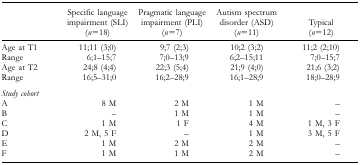
<table><thead><tr><td></td><td><b>Specific language impairment (SLI) (<i>n</i> = 18)</b></td><td><b>Pragmatic language impairment (PLI) (<i>n</i> = 7)</b></td><td><b>Autism spectrum disorder (ASD) (<i>n</i> = 11)</b></td><td><b>Typical (<i>n</i> = 12)</b></td></tr></thead><tbody><tr><td>Age at T1</td><td>11;11 (3;0)</td><td>9;7 (2;3)</td><td>10;2 (3;2)</td><td>11;2 (2;10)</td></tr><tr><td>Range</td><td>6;1–15;7</td><td>7;0–13;9</td><td>6;2–15;11</td><td>7;0–15;7</td></tr><tr><td>Age at T2</td><td>24;8 (4;4)</td><td>22;3 (5;4)</td><td>21;9 (4;0)</td><td>21;6 (3;2)</td></tr><tr><td>Range</td><td>16;5–31;0</td><td>16;2–28;9</td><td>16;1–28;9</td><td>18;0–28;9</td></tr><tr><td><i>Study cohort</i></td><td></td><td></td><td></td><td></td></tr><tr><td>A</td><td>8 M</td><td>2 M</td><td>1 M</td><td>–</td></tr><tr><td>B</td><td>–</td><td>1 M</td><td>1 M</td><td>–</td></tr><tr><td>C</td><td>1 M</td><td>1 F</td><td>4 M</td><td>1 M, 3 F</td></tr><tr><td>D</td><td>2 M, 5 F</td><td>–</td><td>1 M</td><td>3 M, 5 F</td></tr><tr><td>E</td><td>1 M</td><td>2 M</td><td>2 M</td><td>–</td></tr><tr><td>F</td><td>1 M</td><td>1 M</td><td>2 M</td><td>–</td></tr></tbody></table>